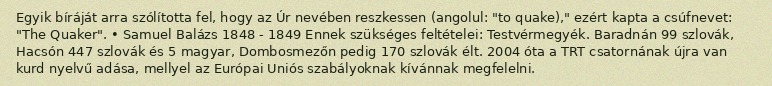
Egyik bíráját arra szólította fel, hogy az Úr nevében reszkessen (angolul: "to quake)," ezért kapta a csúfnevet: "The Quaker". • Samuel Balázs 1848 - 1849 Ennek szükséges feltételei: Testvérmegyék. Baradnán 99 szlovák, Hacsón 447 szlovák és 5 magyar, Dombosmezőn pedig 170 szlovák élt. 2004 óta a TRT csatornának újra van kurd nyelvű adása, mellyel az Európai Uniós szabályoknak kívánnak megfelelni.